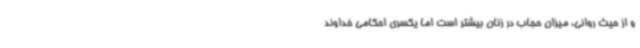
و از حیث روانی، میزان حجاب در زنان بیشتر است اما یکسری احکامی خداوند